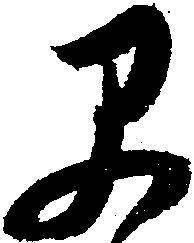
早